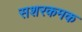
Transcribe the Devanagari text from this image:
सशरकमक